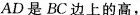
AD是BC边上的高，